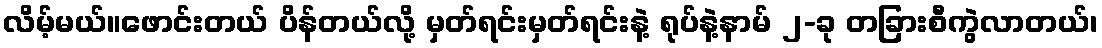
လိမ့်မယ်။ဖောင်းတယ် ပိန်တယ်လို့ မှတ်ရင်းမှတ်ရင်းနဲ့ ရုပ်နဲ့နာမ် ၂-ခု တခြားစီကွဲလာတယ်၊